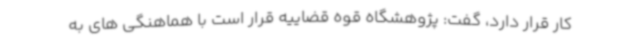
کار قرار دارد، گفت: پژوهشگاه قوه قضاییه قرار است با هماهنگی های به